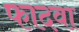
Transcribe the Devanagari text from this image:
फादवा